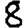
Digit: 8